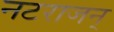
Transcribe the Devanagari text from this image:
नटराजन्‌